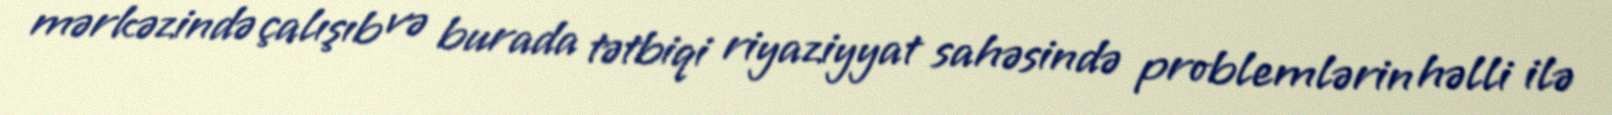
mərkəzində çalışıb və burada tətbiqi riyaziyyat sahəsində problemlərin həlli ilə